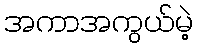
အကာအကွယ်မဲ့